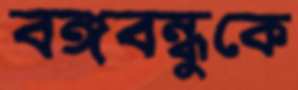
বঙ্গবন্ধুকে